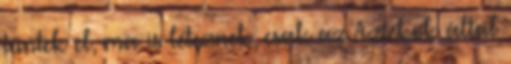
tűntek el, ma is léteznek, csak az Aztékok által